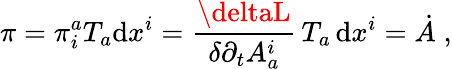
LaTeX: \pi=\pi_{i}^{a}T_{a}\mathrm{d}x^{i}=\frac{{\deltaL}}{{\delta\partial_{t}A_{a}^{i}}}\, T_{a}\, \mathrm{d}x^{i}=\dot{{A}}\; ,